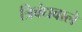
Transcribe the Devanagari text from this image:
त्रिबंधवाले